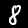
Label: 8